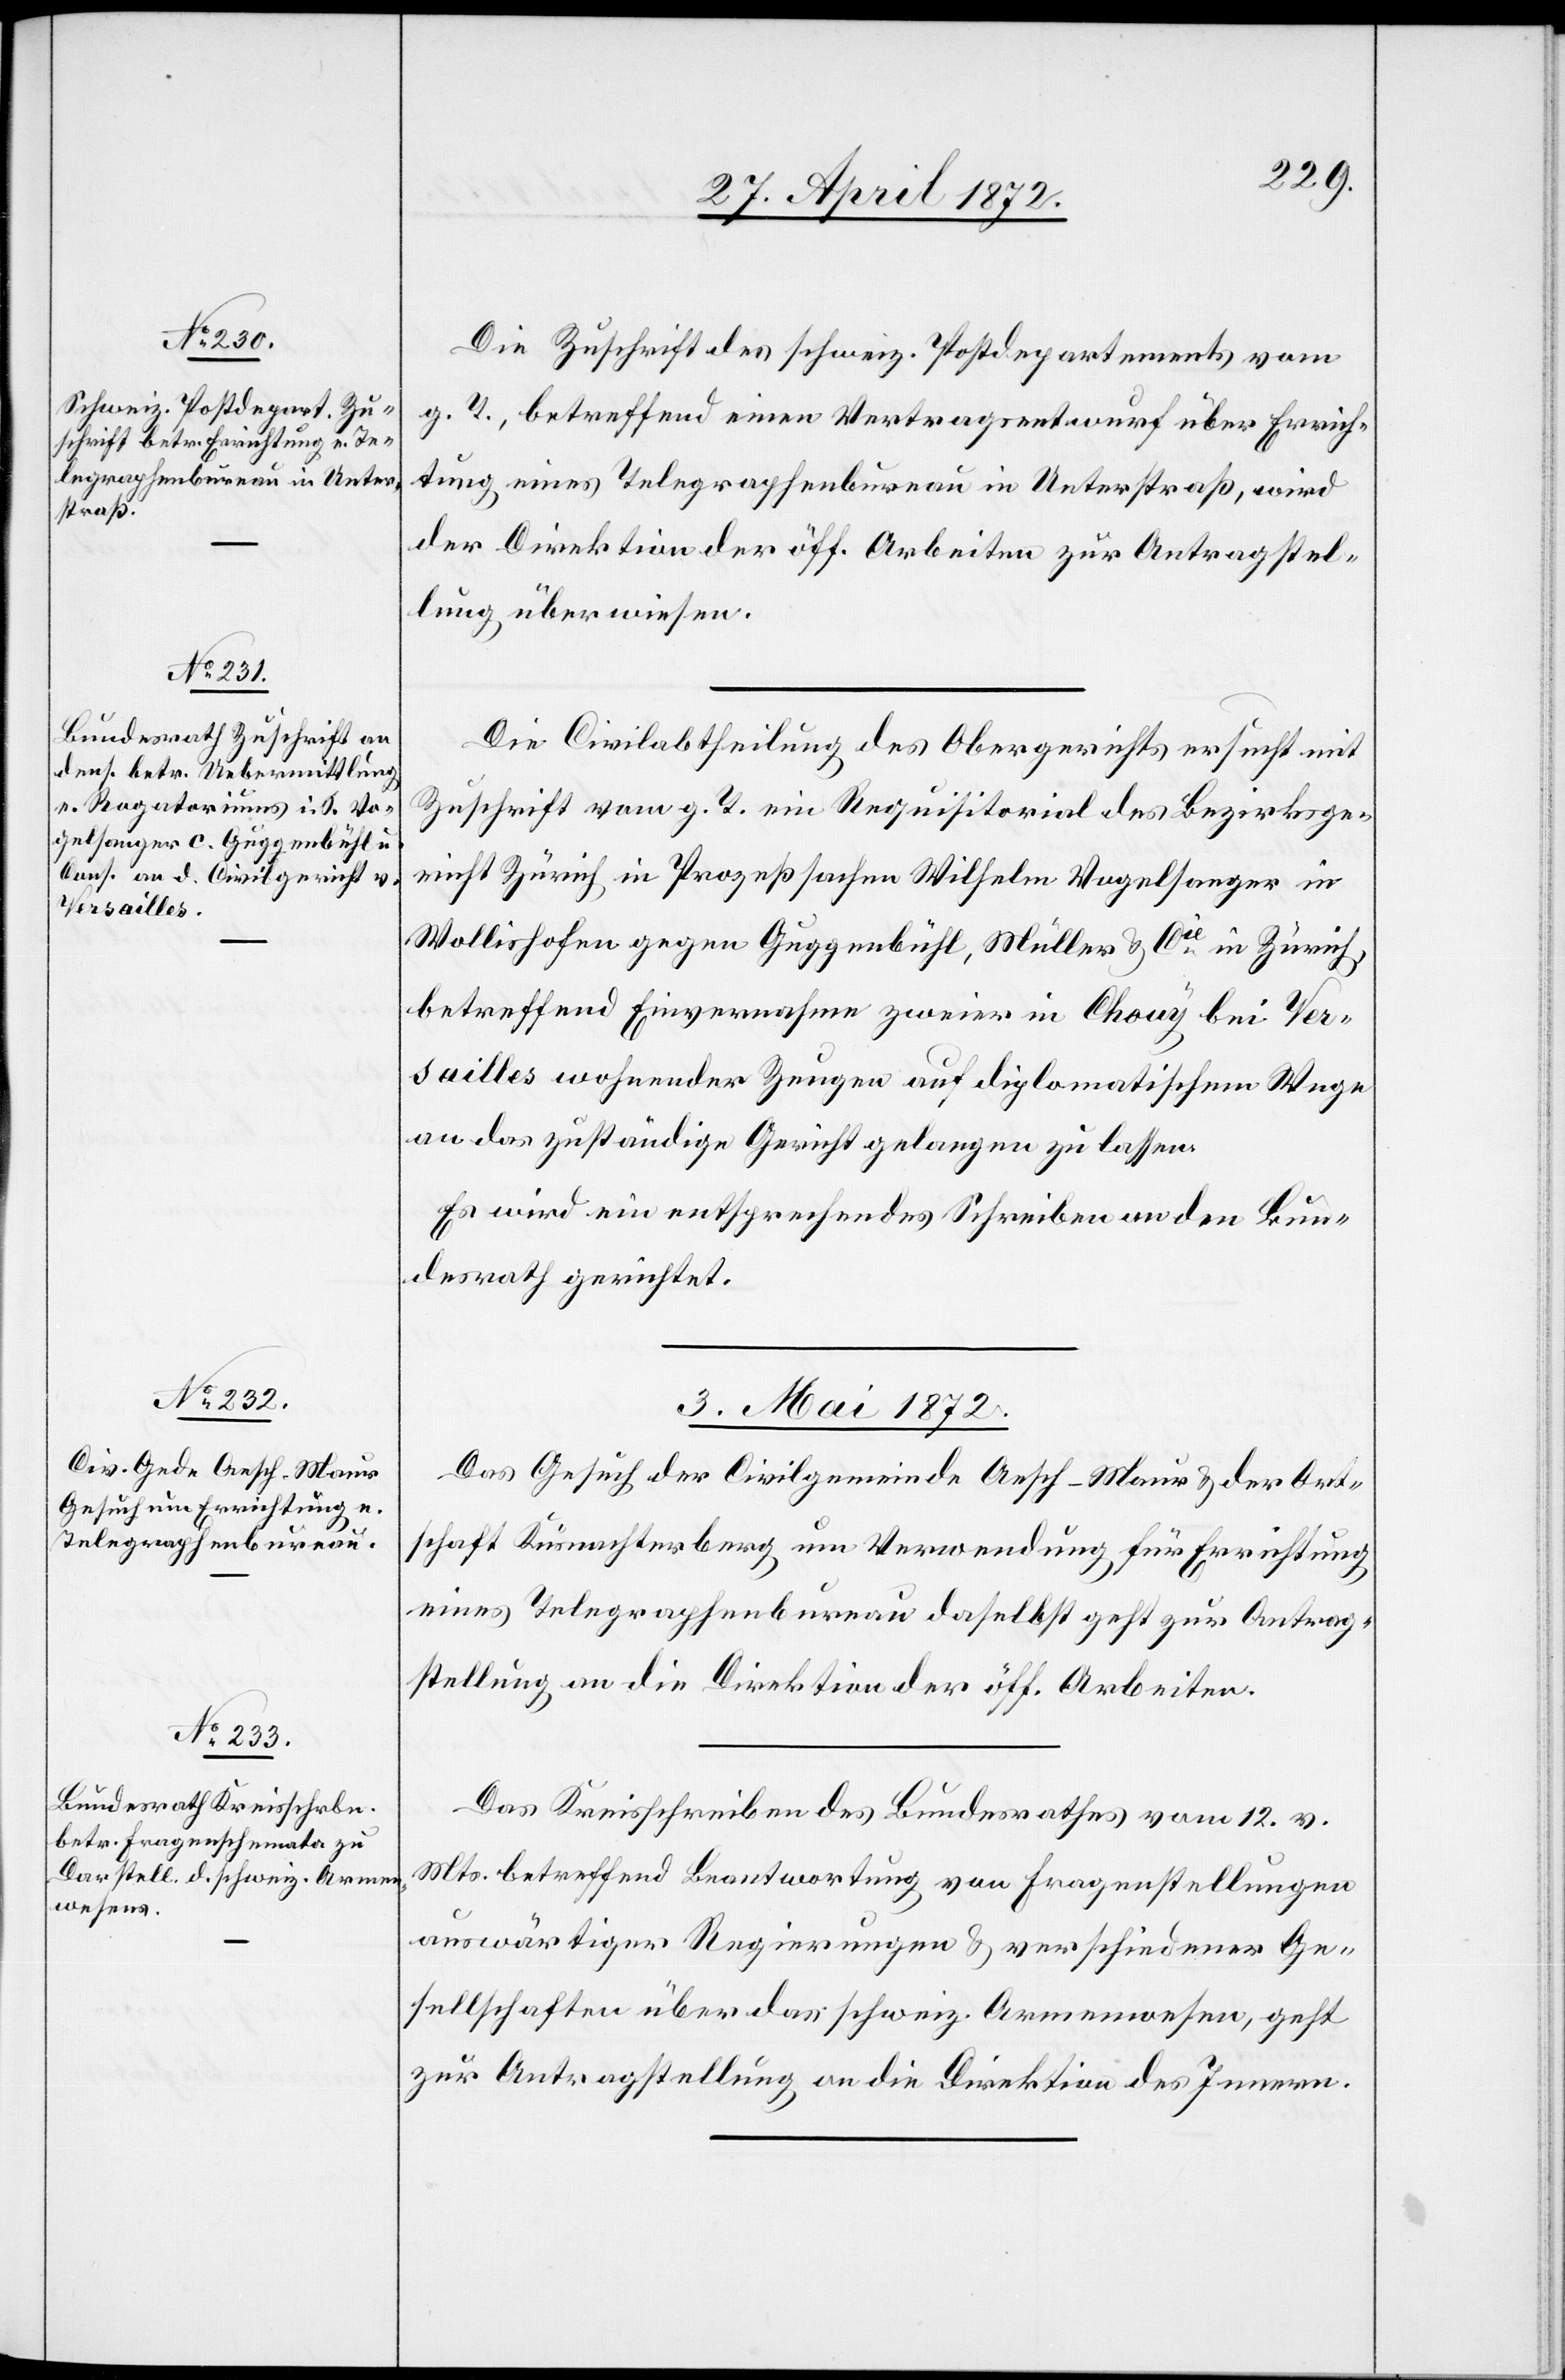
Die Zuschrift des schweiz. Postdepartements vom
g. T., betreffend einen Vertragsentwurf über Errich¬
tung eines Telegraphenbureau in Unterstraß, wird
der Direktion der öff. Arbeiten zur Antragstel¬
lung überwiesen.
Die Civilabtheilung des Obergerichts ersucht mit
Zuschrift vom g. T. ein Requisitorial des Bezirksge¬
richt Zürich in Prozeßsachen Wilhelm Vogelsanger in
Wollishofen gegen Guggenbühl, Müller u. Cie in Zürich,
betreffend Einvernahme zweier in Chouy bei Ver¬
sailles wohnender Zeugen auf diplomatischem Wege
an das zuständige Gericht gelangen zu lassen.
Es wird ein entsprechendes Schreiben an den Bun¬
desrath gerichtet.
3. Mai 1872.]
Das Gesuch der Civilgemeinde Aesch-Maur u. der Ort¬
schaft Küsnachterberg um Verwendung für Errichtung
eines Telegraphenbureau daselbst geht zur Antrag¬
stellung an die Direktion der öff. Arbeiten.
Das Kreisschreiben des Bundesrathes vom 12. v.
Mts. betreffend Beantwortung von Fragenstellungen
auswärtiger Regierungen u. verschiedener Ge¬
sellschaften über das schweiz. Armenwesen, geht
zur Antragstellung an die Direktion des Innern.